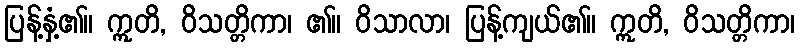
ပြန့်နှံ့၏။ ဣတိ, ဝိသတ္တိကာ၊ ၏။ ဝိသာလာ၊ ပြန့်ကျယ်၏။ ဣတိ, ဝိသတ္တိကာ၊